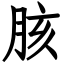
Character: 胲